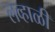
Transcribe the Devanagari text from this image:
लव्हाळी